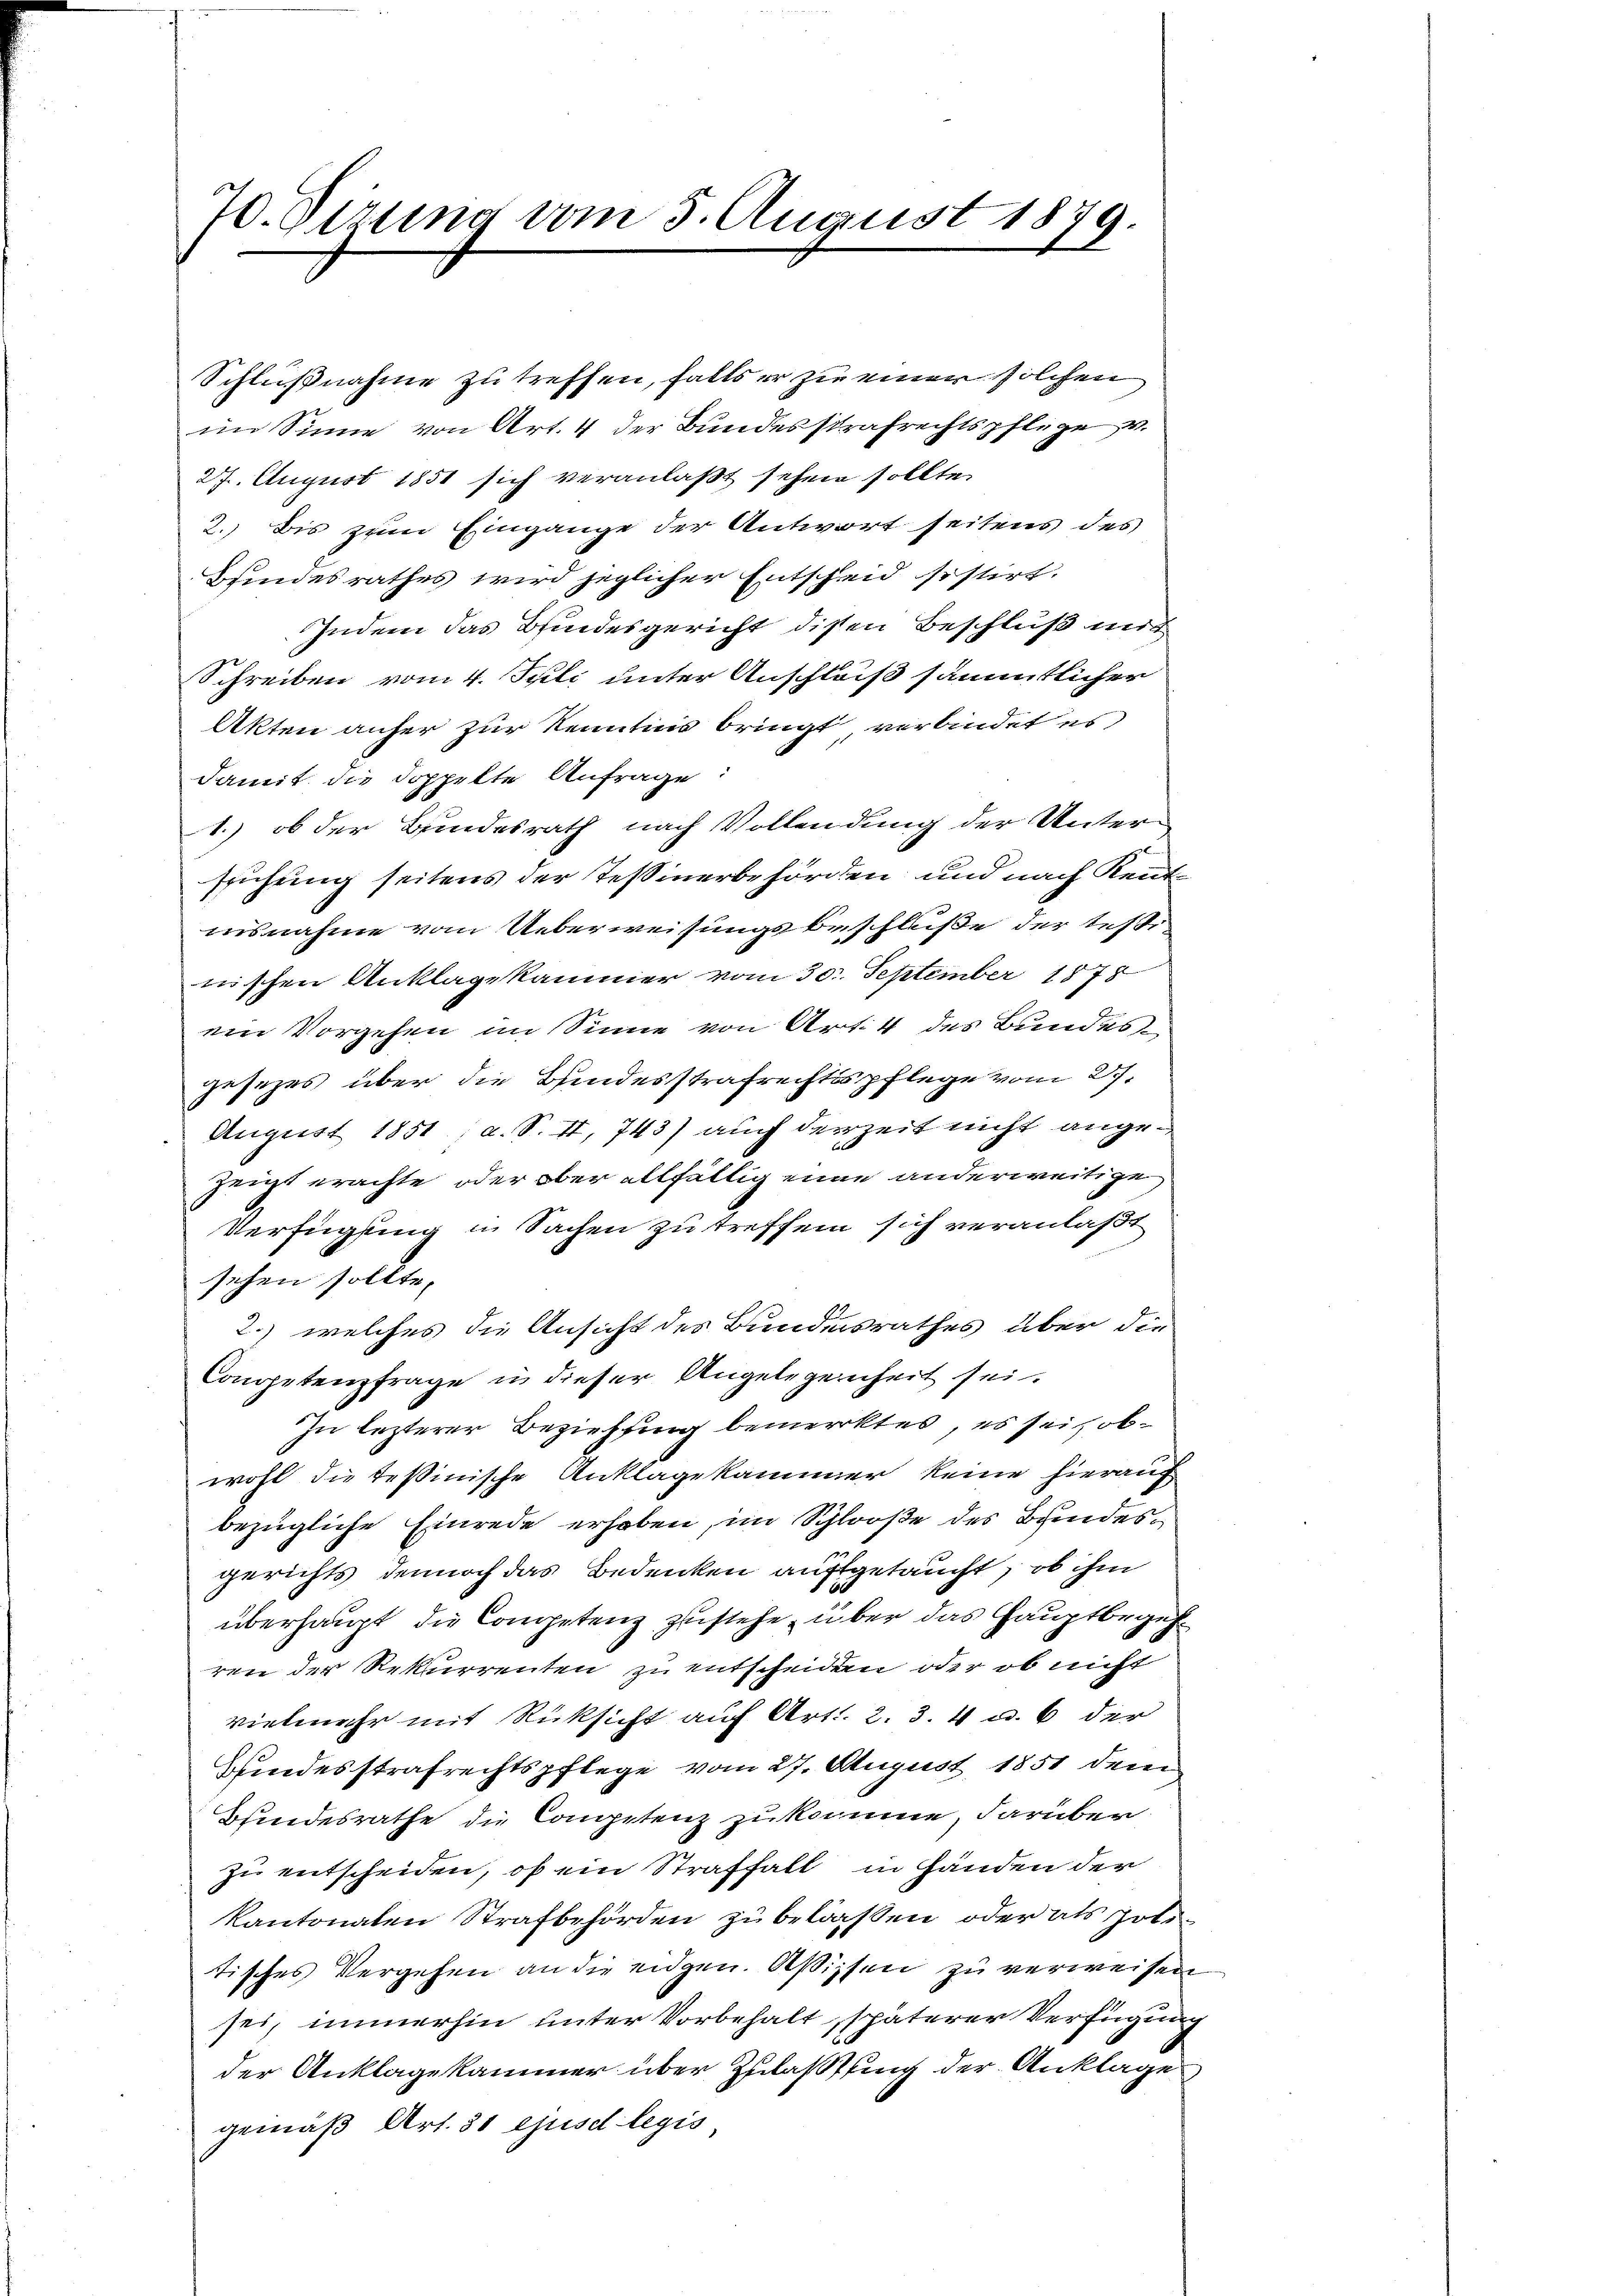
70. Sizung vom 5. August 1879.

Schlußnahme zu treffen, falls er zu einen solchen
im Sinne von Art. 4 der Bundesstrafrechtspflege u.
27. August 1851 sich veranlaßt sehen sollte.
2.) Bis zum Eingange der Antwort seitens des
bfindesrathes wird jeglicher Entscheid sistirt.
Indem das Bindesgericht disen Beschluß mit
Schreiben vom 4. Juli unter Anschluß sämmtlicher
Akten anher zur Kenntnis bringt verbindet es
damit die doppelte Anfrage:
1.) ob der Bundesrath nach Vollendung der Untersuchung seitens der Teßinerbehörden und nach Rentuisnahme vom Ueberweisungsbeschluße der testi-
nischen Anklage kammer vom 30. September 1878
ein Vorgehen im Sinne von Art. 4 des Bundes
gesezes über die Hindesstrafrechtspflege vom 27.
August 1851, a. S. II, 743) auch derzeit nicht angezeigt erachte oder ober allfällig eine anderweitige
Verfügung in Sachen zu treffen sich veranlaßt
schen sollte.
2.) welches die Ansicht des Bundesrathes über die
Competenzfrage in dieser Angelegenheit sei.
In lezterer Beziehung bemerktes, es sei, obwohl die Teßinische Anklagekammer keine hierauf
bezügliche Einrede erhoben, im Schloße des Bundesgerichts dennoch das Bedenken aufgetaucht, ob ihm
überhaupt die Competenz zustehe, über das Hauptbegehren der Rekurrenten zu entscheiden oder ob nicht
vielmehr mit Rücksicht auf Art. 2. 3. 4 u. 6 der
Kindesstrafrechtspflege vom 27. August 1851 dem
Bfindesrathe die Competenz zu komme, darüber
zu entscheiden, ob ein Straffall in Händen der
kantonalen Strafbehörden zu belassen, oder als Politisches Vergehen an die eidgen. Aßissen zu verweisen
sei, immerhin unter Vorbehalt, späterer Verfügung
der Anklagekammer über Zulastung der Anklage
gemäß Art. 31 ejusd legis